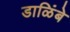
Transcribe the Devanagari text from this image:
डाळिंबे